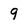
Character: 9